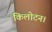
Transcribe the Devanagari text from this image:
किलोटन।